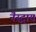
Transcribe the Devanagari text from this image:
नैस्ट्राय